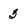
Character: 3